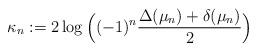
LaTeX: \begin{align*}\kappa_n:= 2\log\Big((-1)^n\frac{\Delta(\mu_n)+ \delta(\mu_n)}{2}\Big)\end{align*}